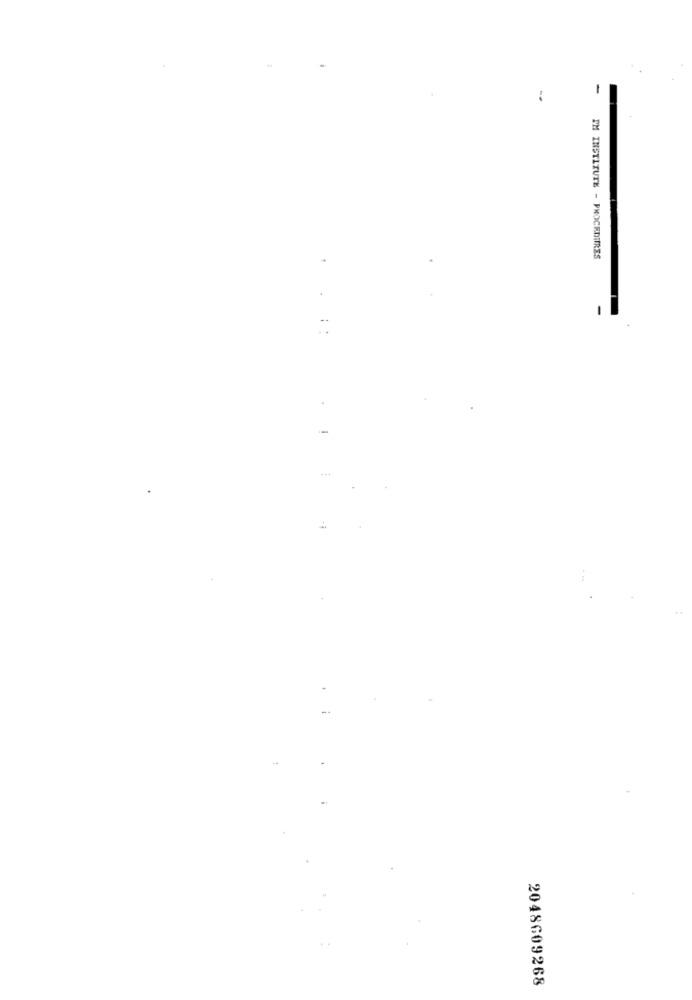
-
--
IM INSTITUTE - PROCEDURES
.. .:
2048609268